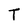
Character: T